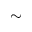
\sim